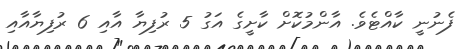
ފެނުނީ ކާއްޓެވެ. އާންމުކޮށް ކާށީގެ އަގު 5 ރުފިޔާ އާއި 6 ރުފިޔާއާއި